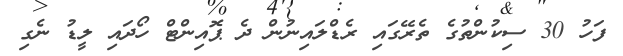
ފަހު 30 ސިކުންތުގެ ތެރޭގައި ރެޑްލައިނުން ދެ ޕޮއިންޓް ހޯދައި ލީޑު ނެގި